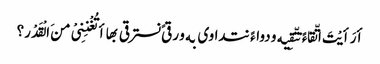
أرَأیْتَ اتّقاءً نتّقِیه و دواءً نتداوی به و رقیً نسترقی بها أتُغْنِنِیْ منَ الْقَدْر؟